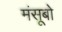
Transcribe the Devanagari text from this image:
मंसूबो